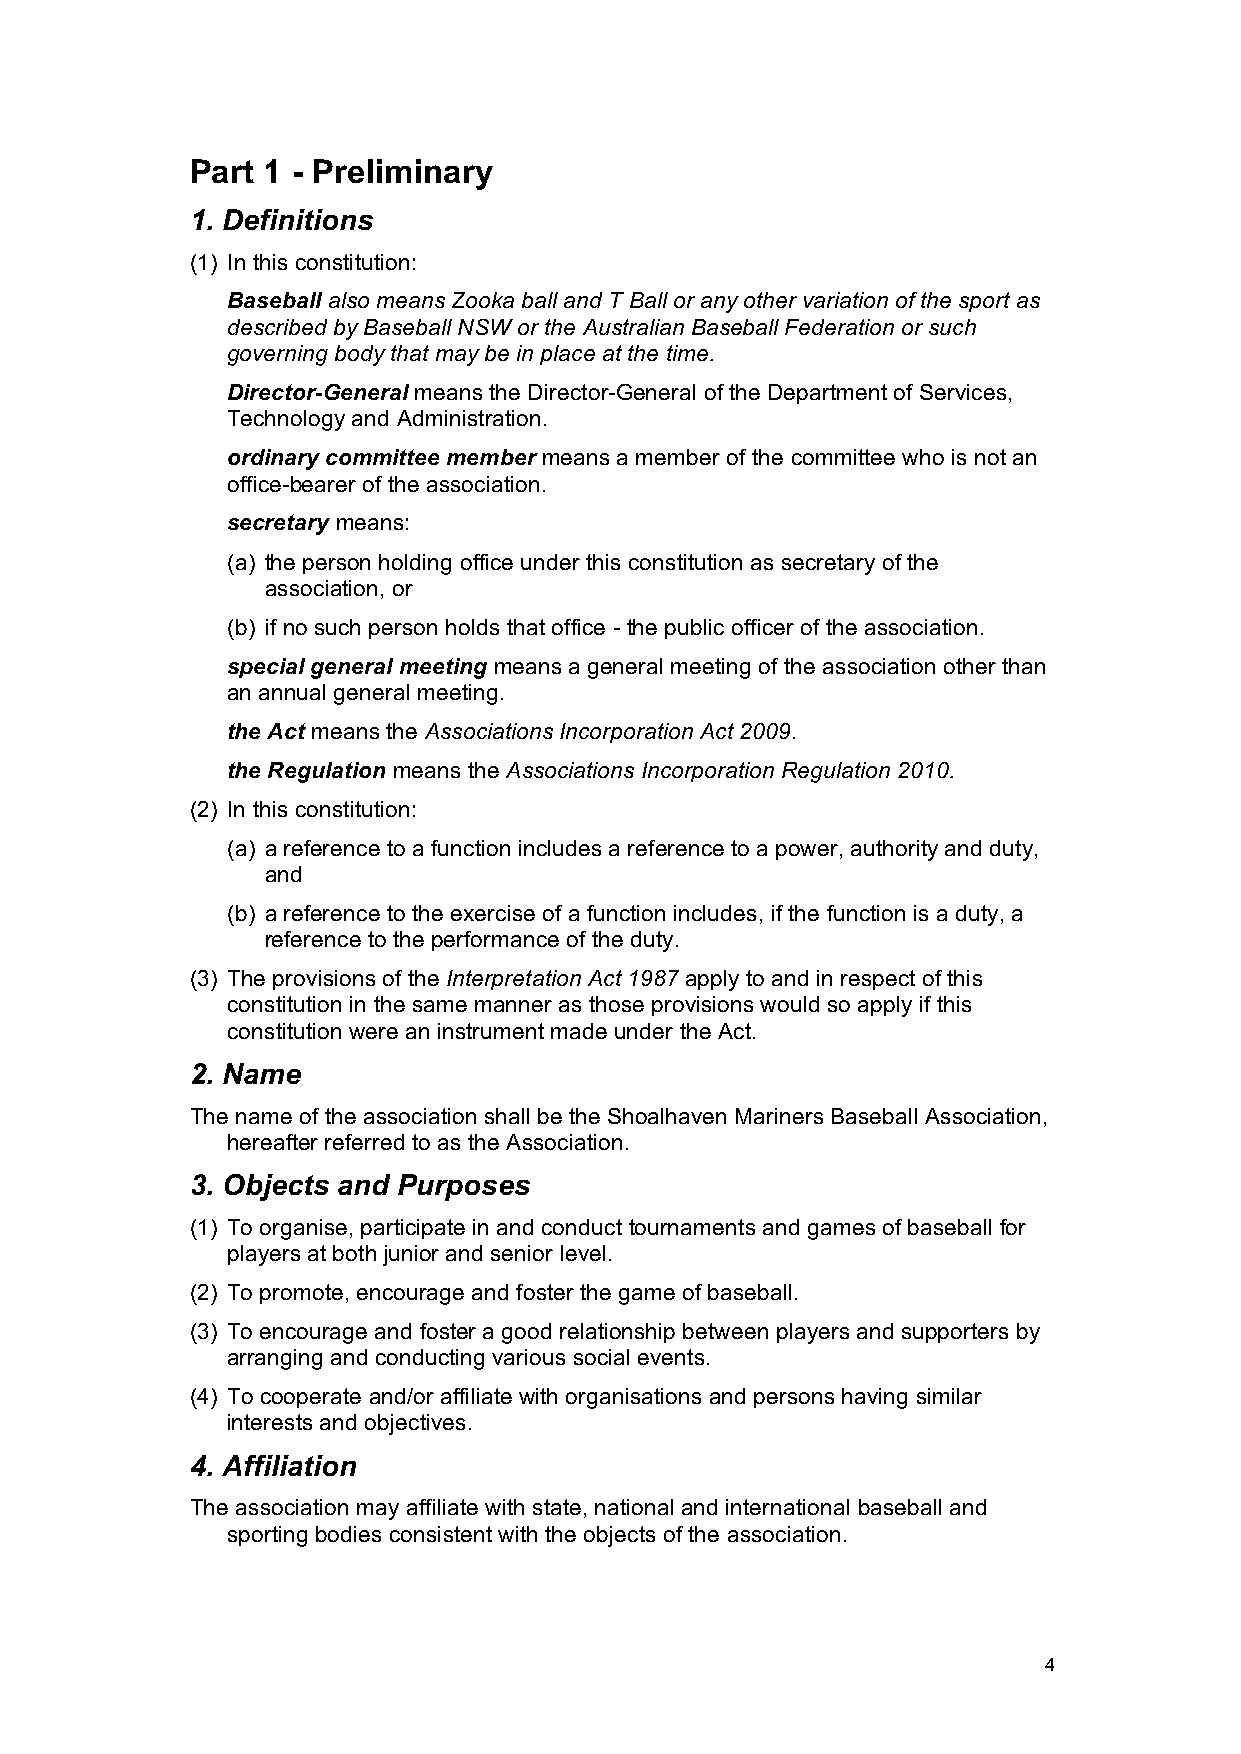
Part 1 - Preliminary
 1. Definitions
 (1) In this constitution:
 Baseball also means Zooka ball and T Ball or any other variation of the sport as
 described by Baseball NSW or the Australian Baseball Federation or such
 governing body that may be in place at the time.
 Director-General means the Director-General of the Department of Services,
 Technology and Administration.
 ordinary committee member means a member of the committee who is not an
 office-bearer of the association.
 secretary means:
 (a) the person holding office under this constitution as secretary of the
 association, or
 (b) if no such person holds that office - the public officer of the association.
 special general meeting means a general meeting of the association other than
 an annual general meeting.
 the Act means the Associations Incorporation Act 2009.
 the Regulation means the Associations Incorporation Regulation 2010.
 (2) In this constitution:
 (a) a reference to a function includes a reference to a power, authority and duty,
 and
 (b) a reference to the exercise of a function includes, if the function is a duty, a
 reference to the performance of the duty.
 (3) The provisions of the Interpretation Act 1987 apply to and in respect of this
 constitution in the same manner as those provisions would so apply if this
 constitution were an instrument made under the Act.
 2. Name
 The name of the association shall be the Shoalhaven Mariners Baseball Association,
 hereafter referred to as the Association.
 3. Objects and Purposes
 (1) To organise, participate in and conduct tournaments and games of baseball for
 players at both junior and senior level.
 (2) To promote, encourage and foster the game of baseball.
 (3) To encourage and foster a good relationship between players and supporters by
 arranging and conducting various social events.
 (4) To cooperate and/or affiliate with organisations and persons having similar
 interests and objectives.
 4. Affiliation
 The association may affiliate with state, national and international baseball and
 sporting bodies consistent with the objects of the association.
 4